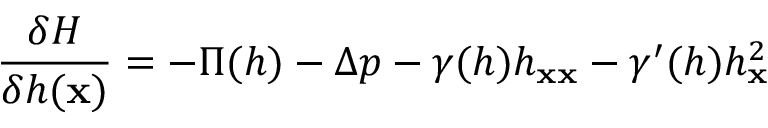
\frac { \delta H } { \delta h ( { \bf x } ) } = - \Pi ( h ) - \Delta p - \gamma ( h ) h _ { { \bf x } { \bf x } } - \gamma ^ { \prime } ( h ) h _ { { \bf x } } ^ { 2 }